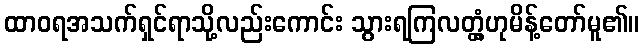
ထာဝရအသက်ရှင်ရာသို့လည်းကောင်း သွားရကြလတ္တံ့ဟုမိန့်တော်မူ၏။